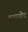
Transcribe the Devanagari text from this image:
तत्पयोद